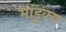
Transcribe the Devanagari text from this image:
मांडुक्य